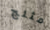
مثلج